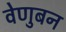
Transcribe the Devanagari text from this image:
वेणुबन